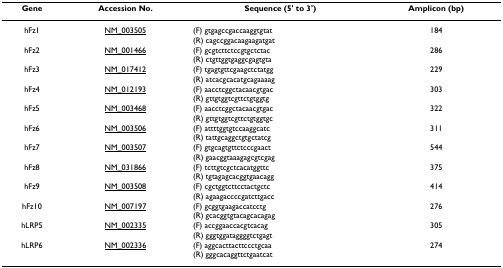
| Gene | Accession No. | Sequence (5' to 3') | Amplicon (bp) |
 | --- | --- | --- | --- |
 | hFz1 | NM_003505 | (F) gtgagccgaccaaggtgtat(R) cagccggacaagaagatgat | 184 |
 | hFz2 | NM_001466 | (F) gcgtcttctccgtgctctac(R) ctgttggtgaggcgagtgta | 286 |
 | hFz3 | NM_017412 | (F) tgagtgttcgaagctctatgg(R) atcacgcacatgcagaaaag | 229 |
 | hFz4 | NM_012193 | (F) aacctcggctacaacgtgac(R) gttgtggtcgttctgtggtg | 303 |
 | hFz5 | NM_003468 | (F) aacctcggctacaacgtgac(R) gttgtggtcgttctgtggtgc | 322 |
 | hFz6 | NM_003506 | (F) attttggtgtccaaggcatc(R) tattgcaggctgtgctatcg | 311 |
 | hFz7 | NM_003507 | (F) gtgcagtgttctcccgaact(R) gaacggtaaagagcgtcgag | 544 |
 | hFz8 | NM_031866 | (F) tcttgtcgctcacatggttc(R) tgtagagcacggtgaacagg | 375 |
 | hFz9 | NM_003508 | (F) cgctggtcttcctactgctc(R) agaagaccccgatcttgacc | 414 |
 | hFz10 | NM_007197 | (F) gcggtgaagaccatcctg(R) gcacggtgtacagcacagag | 276 |
 | hLRP5 | NM_002335 | (F) accggaaccacgtcacag(R) gggtggataggggtctgagt | 305 |
 | hLRP6 | NM_002336 | (F) aggcacttacttccctgcaa(R) gggcacaggttctgaatcat | 274 |